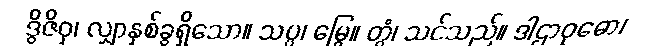
ဒွိဇိဝှ၊ လျှာနှစ်ခွရှိသော။ သပ္ပ၊ မြွေ။ တွံ၊ သင်သည်။ ဒါဌာဝုဓော၊